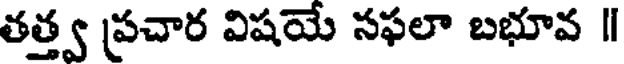
తత్త్వ ప్రచార విషయే సఫలా బభూవ ॥